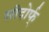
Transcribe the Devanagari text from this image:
सीदोर्फ्